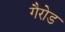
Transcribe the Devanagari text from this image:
गैरोड